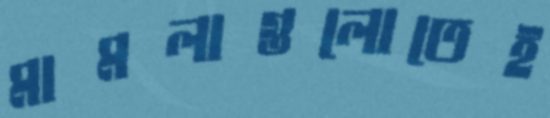
মামলাগুলোতেই